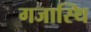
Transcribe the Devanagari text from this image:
गजास्थि